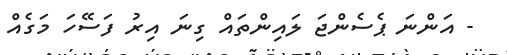
- އަންނަ ޕެސެންޖަ ލައިންތައް ގިނަ އިރު ފަސޭހަ މަގެއް